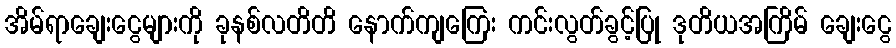
အိမ်ရာချေးငွေများကို ခုနစ်လတိတိ နောက်ကျကြေး ကင်းလွတ်ခွင့်ပြု ဒုတိယအကြိမ် ချေးငွေ